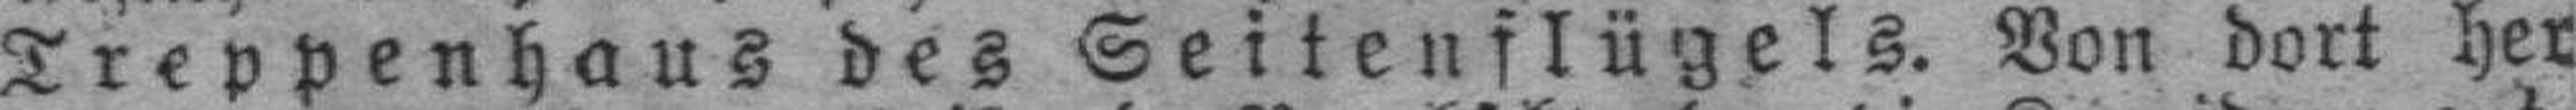
Treppenhaus des Seitenflügels. Von dort her